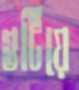
গুটিয়ে